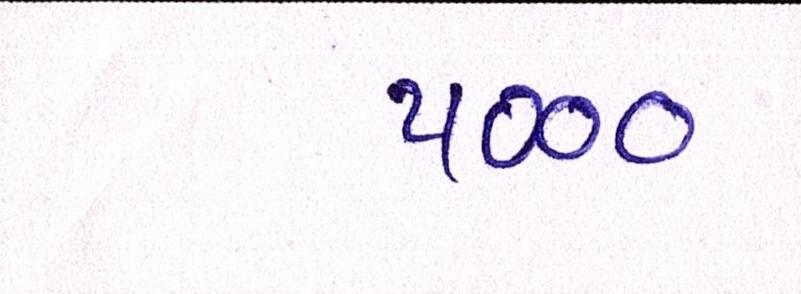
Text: ૫૦૦૦